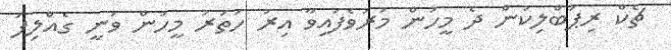
ޗެކް ރިޕަބްލިކުން ދެ މީހުން މަރުވެފައިވާ އިރު ހަތަރު މީހުން ވަނީ ގެއްލިފަ